EELK_Paldiski_kogudus, lk 55
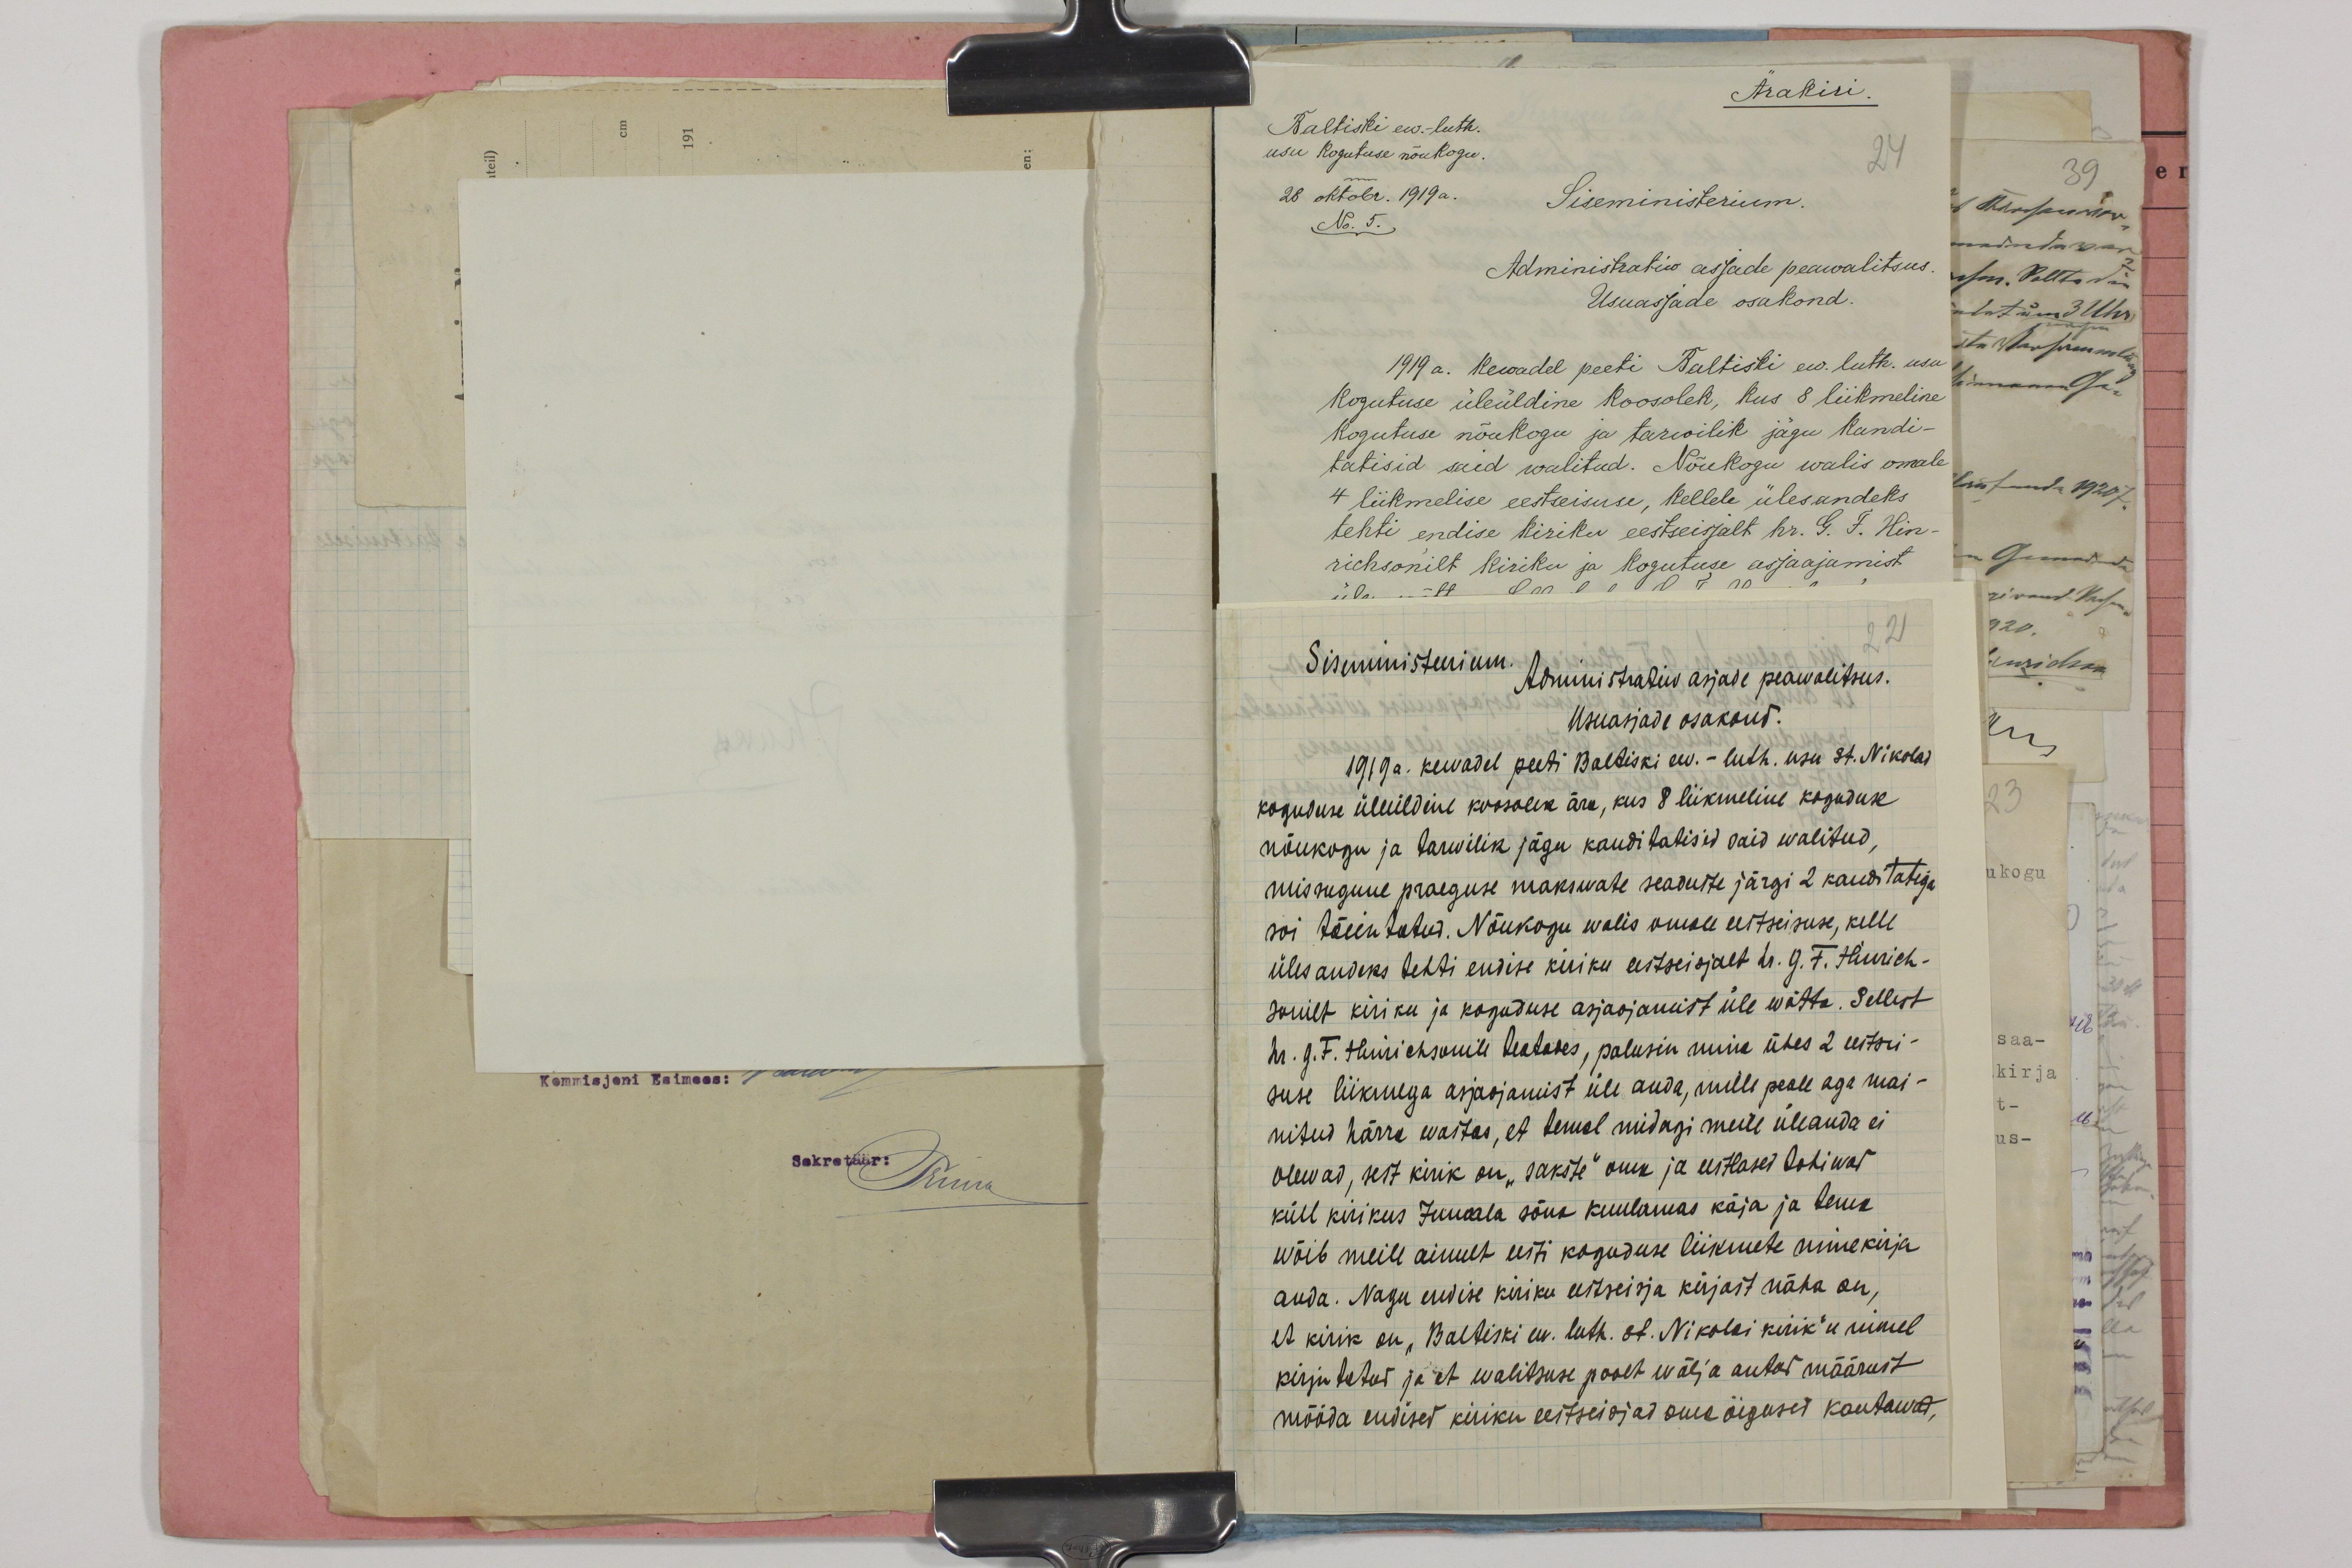
Siseministeerium. Administratiiv asjade peawalitsus.
22
Usuasjade osakond.
1919a. kervadel peeti Baltiski ev. - luth. usu St. Nikolai
koguduse üleüldine koosolek ära, kus 8 liikmeline koguduse
nõukogu ja tarwilik jägu kanditatisid said walitud,
missugune praeguse makswate seaduste järgi 2 kanditatiga
sai täientatud. Nõukogu walis omale eestseisuse, kelle
ülesandeks tehti endise kiriku eestseisjalt hr. G. F. Hinrich-
sonilt kiriku ja koguduse asjaajamist üle wõtta. Sellest
hr. G. F. Hinrichsonile teatades, palusin mina ühes 2 eestsei-
suse liikmega asjaajamist üle anda, mille peale aga mai-
nitud härra wastas, et temal midagi meile üleanda ei
olewad, sest kirik on "sakste" oma ja eestlased tohiwad
küll kirikus Jumala sõna kuulamas käia ja tema
wõib meile ainult eesti koguduse liikmete nimekirja
anda. Nagu endise kiriku eestseisja kirjast näha on,
et kirik on "Baltiski ev. luth. st. Nikolai kirik"u nimel
kirjutatud ja et walitsuse poolt wälja antud määrust
mööda endised kiriku eestseisjad oma õigused kautawad,